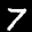
Label: 7